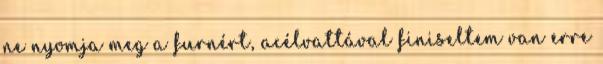
ne nyomja meg a furnért, acélvattával finiseltem van erre